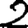
Digit: 2